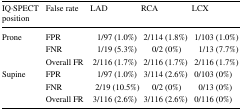
<table><thead><tr><td><b>IQ·SPECT position</b></td><td><b>False rate</b></td><td><b>LAD</b></td><td><b>RCA</b></td><td><b>LCX</b></td></tr></thead><tbody><tr><td>Prone</td><td>FPR</td><td>1/97 (1.0%)</td><td>2/114 (1.8%)</td><td>1/103 (1.0%)</td></tr><tr><td></td><td>FNR</td><td>1/19 (5.3%)</td><td>0/2 (0%)</td><td>1/13 (7.7%)</td></tr><tr><td></td><td>Overall FR</td><td>2/116 (1.7%)</td><td>2/116 (1.7%)</td><td>2/116 (1.7%)</td></tr><tr><td>Supine</td><td>FPR</td><td>1/97 (1.0%)</td><td>3/114 (2.6%)</td><td>0/103 (0%)</td></tr><tr><td></td><td>FNR</td><td>2/19 (10.5%)</td><td>0/2 (0%)</td><td>0/13 (0%)</td></tr><tr><td></td><td>Overall FR</td><td>3/116 (2.6%)</td><td>3/116 (2.6%)</td><td>0/116 (0%)</td></tr></tbody></table>